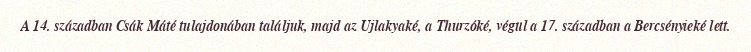
A 14. században Csák Máté tulajdonában találjuk, majd az Ujlakyaké, a Thurzóké, végül a 17. században a Bercsényieké lett.